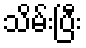
သိမ်းပြီး